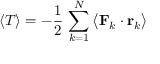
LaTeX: \left\langle T \right\rangle = - { \frac { 1 } { 2 } } \, \sum _ { k = 1 } ^ { N } { \bigl \langle } \mathbf { F } _ { k } \cdot \mathbf { r } _ { k } { \bigr \rangle }